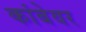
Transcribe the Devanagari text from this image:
कांबेवर